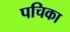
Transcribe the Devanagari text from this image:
पचिका